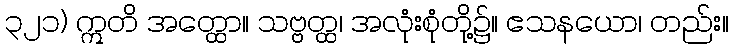
၃၂၁) ဣတိ အတ္ထော။ သဗ္ဗတ္ထ၊ အလုံးစုံတို့၌။ ဧသနယော၊ တည်း။